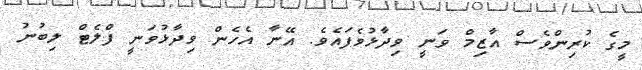
މީގެ ކުރިންވެސް އާޒިމް ވަނީ ވިދާޅުވެފައެވެ. އޭނާ އެހެން ވިދާޅުވަނީ ފްލެޓް ލިބުނު